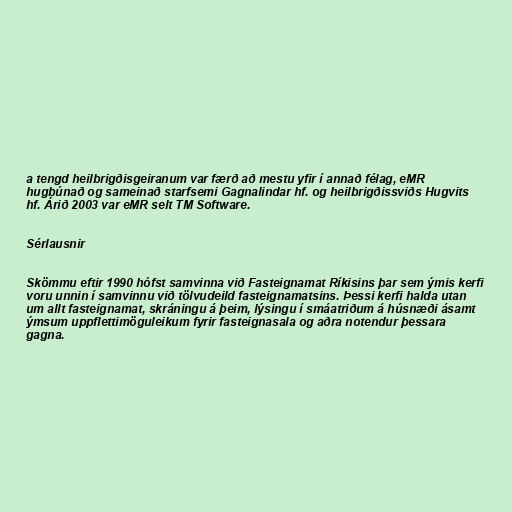
a tengd heilbrigðisgeiranum var færð að mestu yfir í annað félag, eMR
hugbúnað og sameinað starfsemi Gagnalindar hf. og heilbrigðissviðs Hugvits
hf. Árið 2003 var eMR selt TM Software.

Sérlausnir

Skömmu eftir 1990 hófst samvinna við Fasteignamat Ríkisins þar sem ýmis kerfi
voru unnin í samvinnu við tölvudeild fasteignamatsins. Þessi kerfi halda utan
um allt fasteignamat, skráningu á þeim, lýsingu í smáatriðum á húsnæði ásamt
ýmsum uppflettimöguleikum fyrir fasteignasala og aðra notendur þessara
gagna.